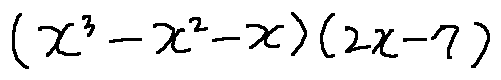
( x ^ { 3 } - x ^ { 2 } - x ) ( 2 x - 7 )